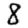
Digit: 8